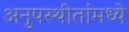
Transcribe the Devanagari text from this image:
अनुपस्थीतांमध्ये